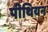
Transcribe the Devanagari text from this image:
पीथियन